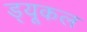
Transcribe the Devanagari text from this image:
ड्यूकल